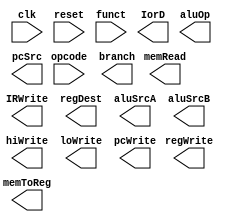
module control_circuit (input clk, input reset, input [5:0] opcode, input [5:0] funct, 
                        output reg IorD, output reg memRead, output reg IRWrite, output reg regDest, output reg regWrite,
                        output reg aluSrcA, output reg [1:0] aluSrcB, output reg [1:0] aluOp, output reg hiWrite,
                        output reg loWrite, output reg [1:0] memToReg, output reg [1:0] pcSrc, output reg pcWrite,
                        output reg branch );

    reg [3:0] state;

    // Write your code here

    // state must update on every negedge of clk

    // the outputs have to be assigned as per the value of state

endmodule